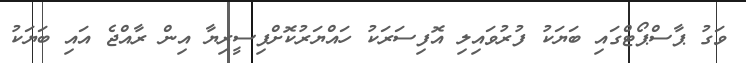
ވަގު ޕާސްޕޯޓްގައި ބަޔަކު ފުރުވައިލި އޮފިސަރަކު ހައްޔަރުކޮށްފިސީރިޔާ އިން ރާއްޖެ އައި ބަޔަކު